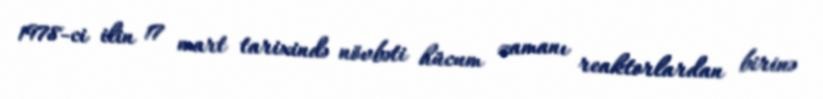
1978-ci ilin 17 mart tarixində növbəti hücum zamanı reaktorlardan birinə